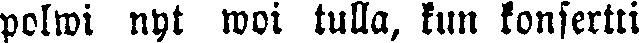
polwi nyt woi tulla, kun konsertti